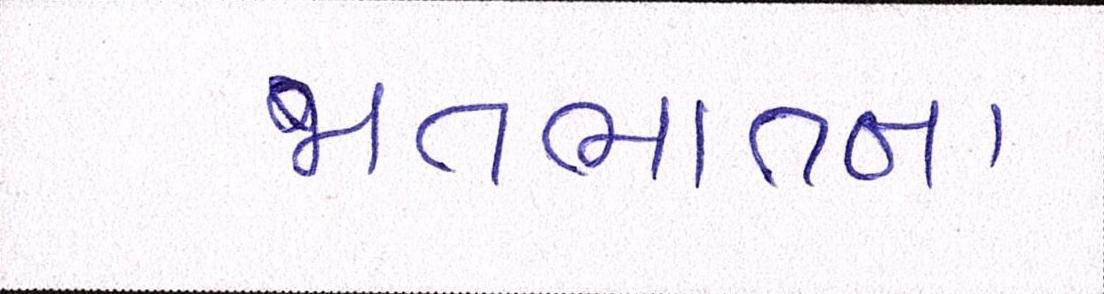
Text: જાતભાતના